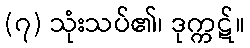
(၇) သုံးသပ်၏၊ ဒုက္ကဋ်။